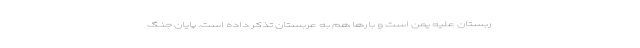
ربستان علیه یمن است و بارها هم به عربستان تذکر داده است. پایان جنگ